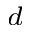
^ d